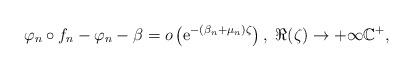
LaTeX: \begin{align*}\varphi_n\circ f_{n}-\varphi_{n}-\beta =o\left(\mathrm{e}^{-(\beta_{n}+\mu_{n})\zeta }\right), \ \Re(\zeta)\to+\infty \mathbb C^+, \end{align*}